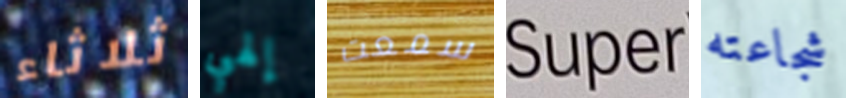
ثلاثاء إلهي سمعت Super شجاعته